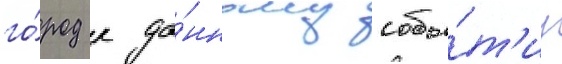
го́род к да́нному собы́т'иу